Voru_kinnistusamet, lk 3
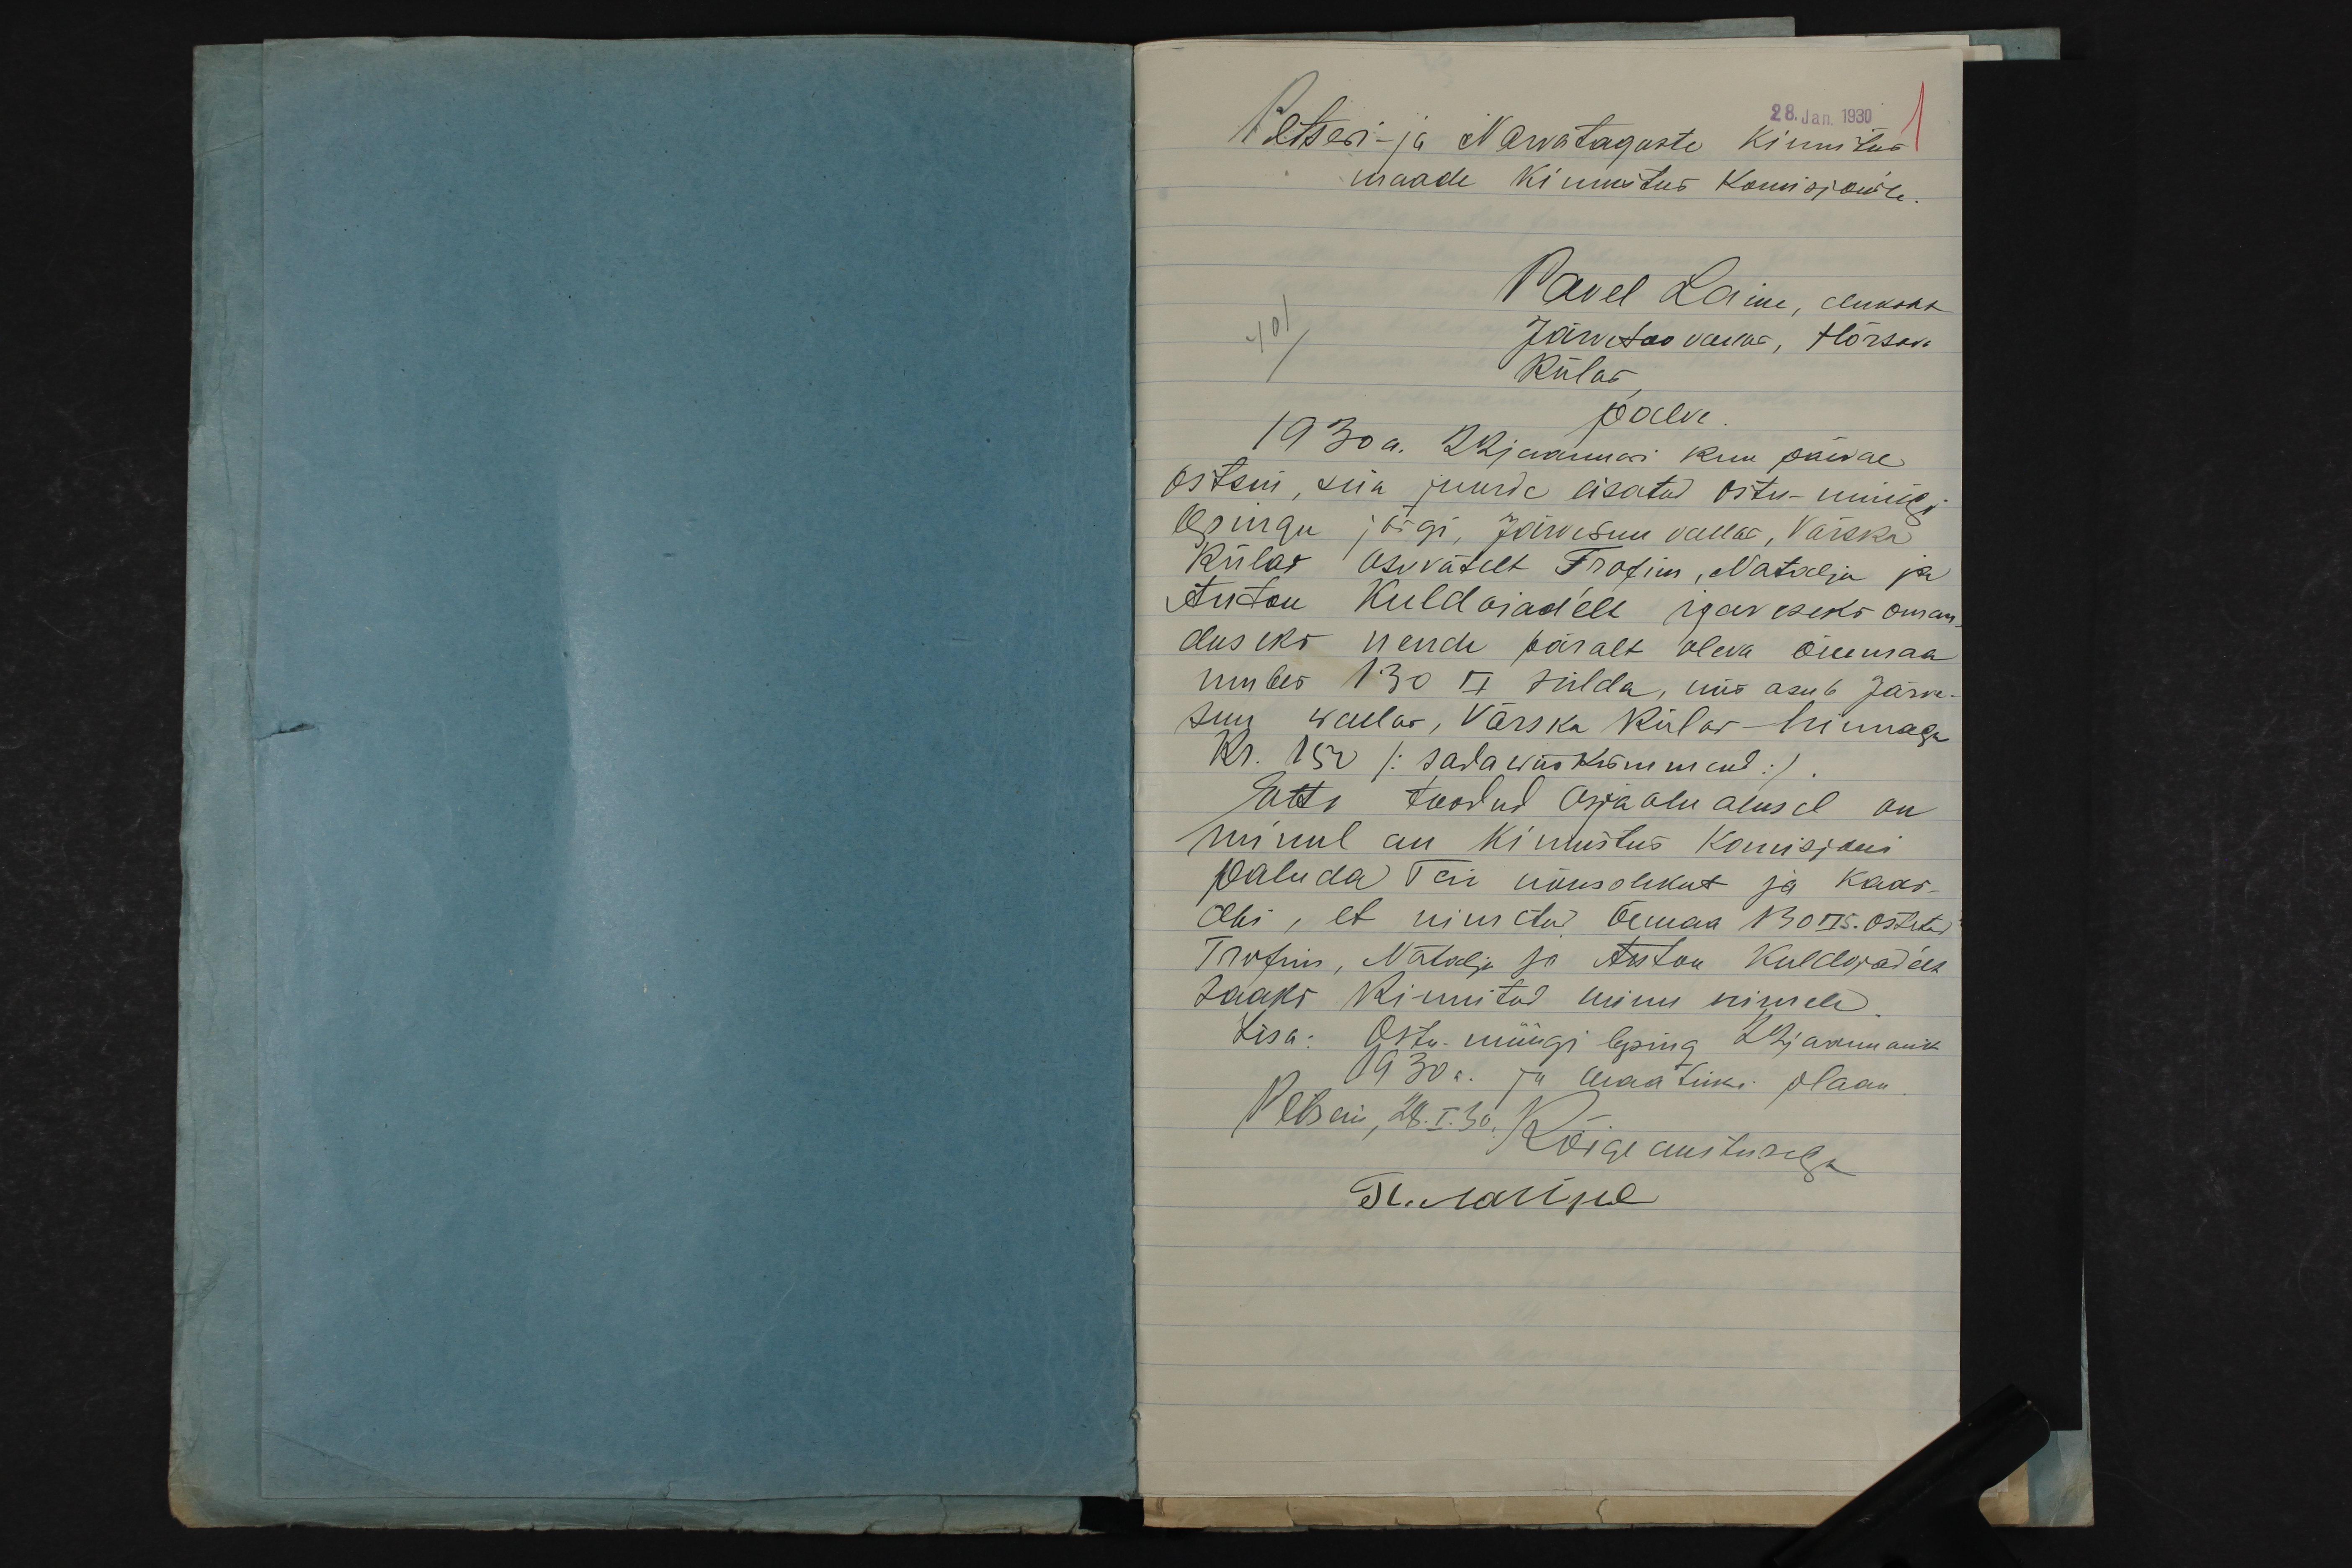
28. Jan. 1930
1
Petseri- ja Narvataguste Kinnitus
maade Kinnistus Komisjonile.
Pavel Laine, elukoht
401
Järvesoo vallas, Hõrsova
Külas
palve.
1930 a. 22 jaanuari kuu päeval
ostsin, siia juurde lisatud ostu-müügi
lepingu järgi, Järvesuu vallas, Värska
külas asuvätelt Trofim, Natalja ja
Anton Kuldojad´elt igaveseks oman-
duseks nende päralt oleva õuemaa
umbes 130 □ 17 sülda, mis asub Järve-
suu wallas, Värska külas - hinnaga
Kr. 150 (sadawiiskümmend).
Ette toodud asjaolu alusel on
minul au Kinnistus Komisjoni
paluda Teie nõusolekut ja kaas-
abi, et nimetud õemaa 130 □  s. ostetud
Trofim, Natalja ja Anton Kuldojad´elt
saaks kinnitud minu nimele.
Lisa: Ostu-müügi leping 22 jaanuarist
1930 a. ja maatüki plaan.
Petseri, 28.I.30.
Kõige austusega